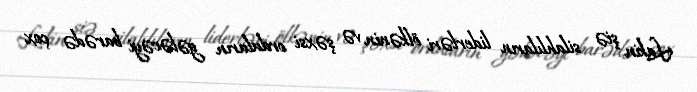
Lakin şiə silahlıların liderləri ölkənin və şəxsi orduların gələcəyi barədə çox